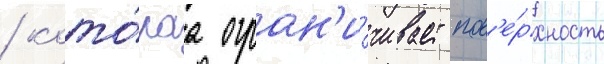
/ кото́раа огран'и́чивает пов'е́рхность